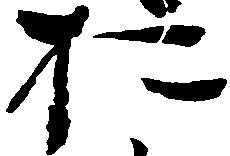
於